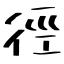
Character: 徑